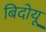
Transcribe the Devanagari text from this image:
बिदोयू